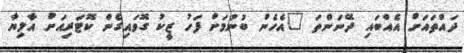
ދައްތައަށް އެއްބައި ދޭނަންތަ "އެހެން ބުނުމަށް ފަހު ޒީކު ގޮވައިގެން ކޮޓަރިއަށް އާލިޔާ